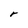
Character: r